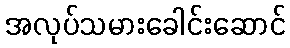
အလုပ်သမားခေါင်းဆောင်